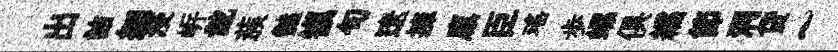
出詰細浸㟁齔蔟豔镇句遼擁廪臣瑤歩螺俱繻節洞贷~